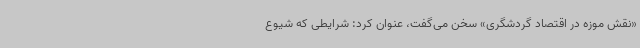
«نقش موزه در اقتصاد گردشگری» سخن می‌گفت، عنوان کرد: شرایطی که شیوع